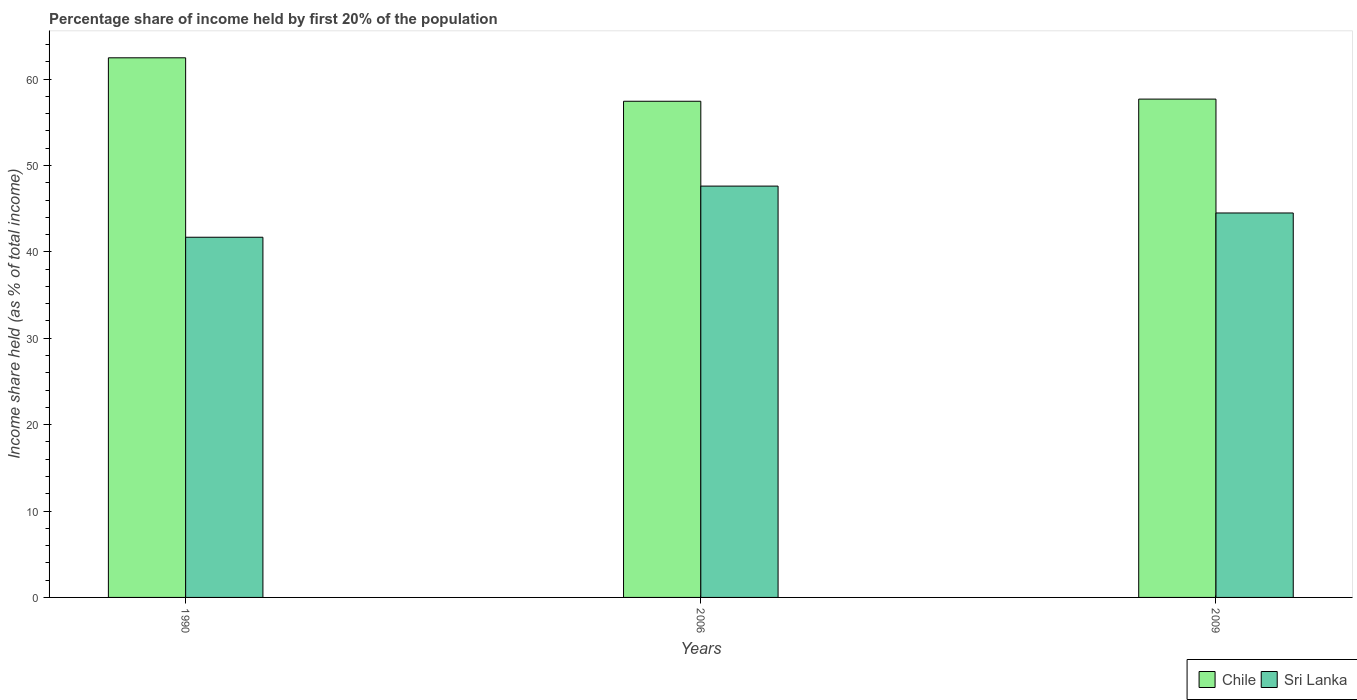
| Years | Chile | Sri Lanka |
 | --- | --- | --- |
 | 1990 | 62.5 | 41.7 |
 | 2006 | 57.4 | 47.6 |
 | 2009 | 57.7 | 44.5 |